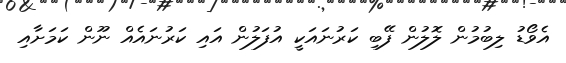
އެވޯޑު ލިބުމުން ލޮލުން ފޭބި ކަރުނައަކީ އުފަލުން އައި ކަރުނައެއް ނޫން ކަމަށާއި